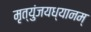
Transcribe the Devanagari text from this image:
मृत्युंजयध्यानम्‌